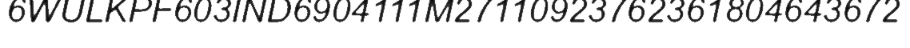
6WULKPF603IND6904111M27110923762361804643672